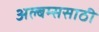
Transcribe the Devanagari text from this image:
अल्बम्ससाठी